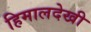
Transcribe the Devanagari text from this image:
हिमालदेखी